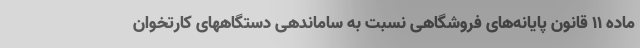
ماده 11 قانون پایانه‌های فروشگاهی نسبت به ساماندهی دستگاههای کارتخوان